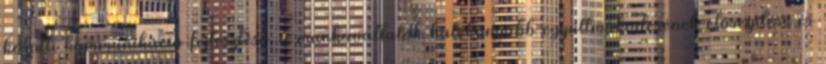
közötti kommunikáció fejlesztése, a munkavállalók hatékonyabb együttműködésének elősegítése és